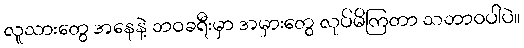
လူသားတွေ အနေနဲ့ ဘဝခရီးမှာ အမှားတွေ လုပ်မိကြတာ သဘာဝပါပဲ။